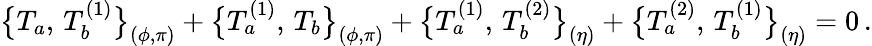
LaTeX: \bigl\{ T_{a},\, T_{b}^{(1)}\bigr\} _{(\phi,\pi)}+\bigl\{ T_{a}^{(1)},\, T_{b}\bigr\} _{(\phi,\pi)}+\bigl\{ T_{a}^{(1)},\, T_{b}^{(2)}\bigr\} _{(\eta)}+\bigl\{ T_{a}^{(2)},\, T_{b}^{(1)}\bigr\} _{(\eta)}=0\, .